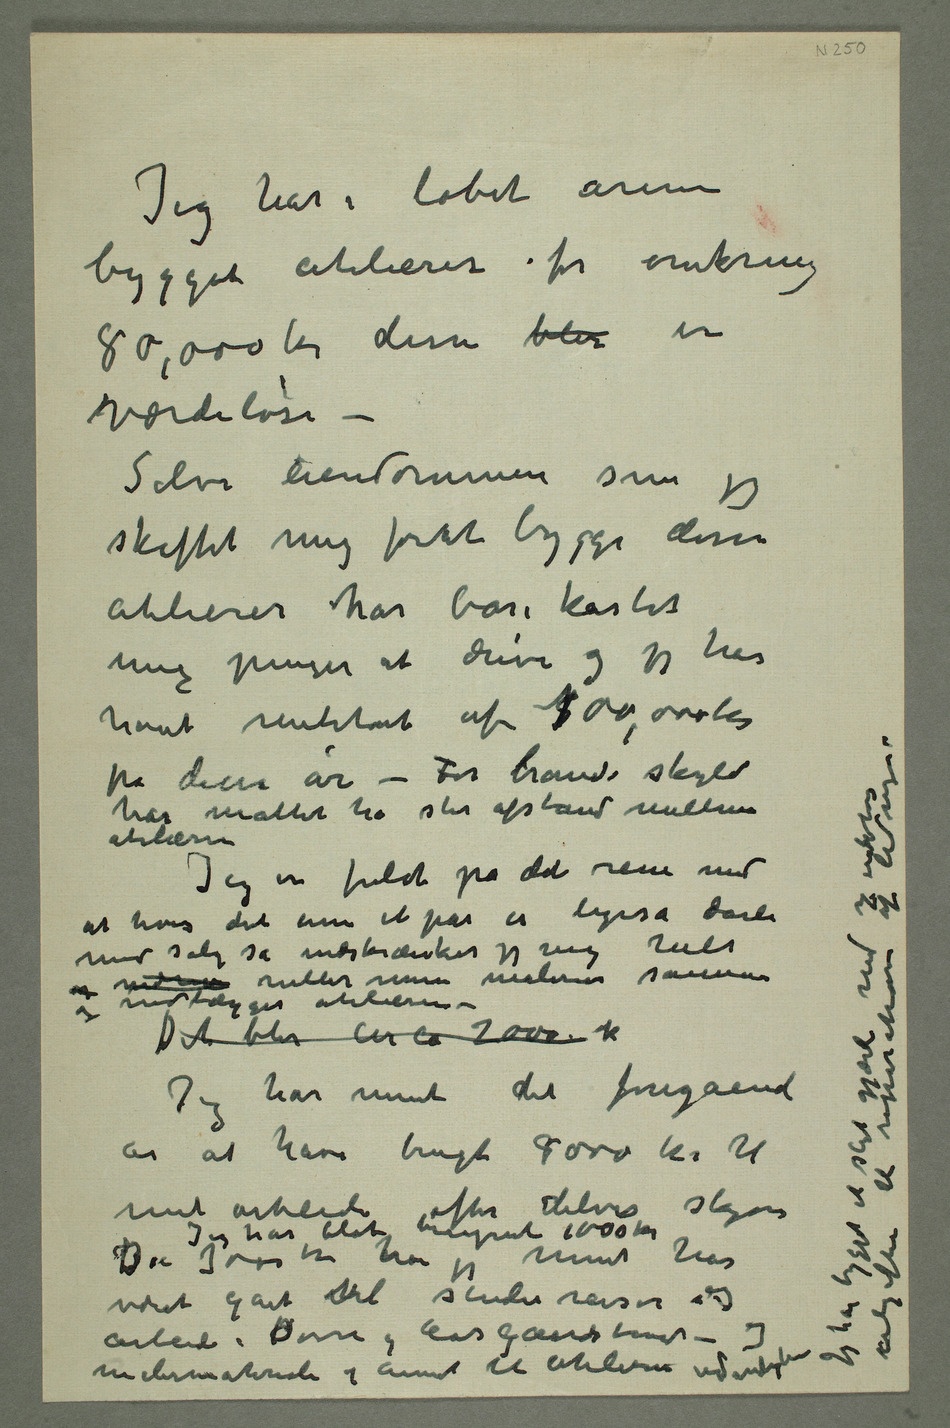
Jeg har i løbet årene
bygget atelierer for omkring
80,000 kr disse blir er
værdiløse –
Selve eiendommen som jeg
skaffet mig forat bygge disse
atelierer har bare kostet
mig penger at drive og jeg har
havt rentetab af 8100,000 kr
på disse år – For brands skyld
har måttet ha stor afstand mellem
atelierne
Jeg er fuldt på det rene med
at hvis det ennu et par er ligeså dårli
med salg så indskrænker jeg mig helt
og nedlægger atelierene –
Jeg har ment det foregående
år at have brugt 8000 kr til
mit arbeide efter delvis skjøn
været gået til studiereiser og
malermateriale og annet til atelierne Jeg har bygget et sligt gjærde med  endeløse utgifter til